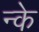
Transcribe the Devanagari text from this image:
न्के